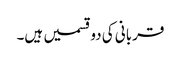
قربانی کی دوقسمیں ہیں۔